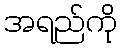
အရည်ကို